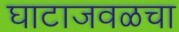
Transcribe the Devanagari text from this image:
घाटाजवळचा